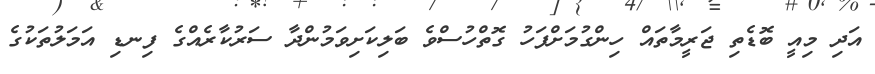
އަދި މިއީ ބޮޑެތި ޖަރީމާތައް ހިންގުމަށްފަހު ގޮތްހުސްވެ ބަލިކަށިވަމުންދާ ސަރުކާރެއްގެ ފިނޑި އަމަލުތަކުގެ